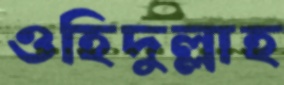
ওহিদুল্লাহ